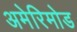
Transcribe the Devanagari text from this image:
अमेरिमोड